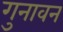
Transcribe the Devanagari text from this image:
गुनावन